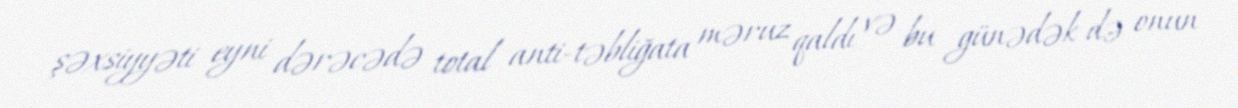
şəxsiyyəti eyni dərəcədə total anti-təbliğata məruz qaldı və bu günədək də onun